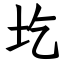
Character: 圪